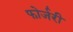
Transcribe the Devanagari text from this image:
फोर्जरी